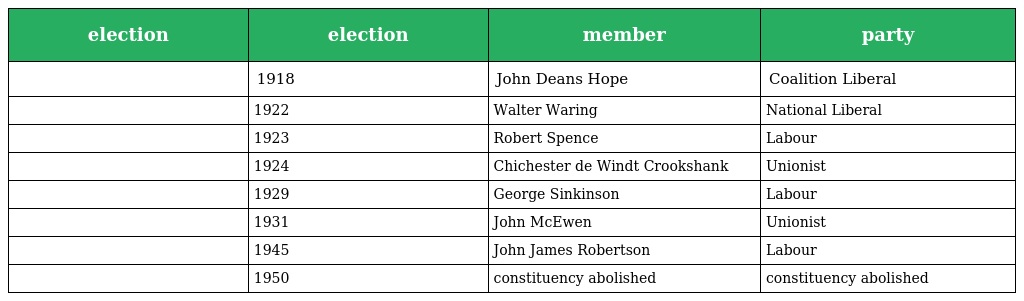
| election | election | member | party |
 | --- | --- | --- | --- |
 |  | 1918 | John Deans Hope | Coalition Liberal |
 |  | 1922 | Walter Waring | National Liberal |
 |  | 1923 | Robert Spence | Labour |
 |  | 1924 | Chichester de Windt Crookshank | Unionist |
 |  | 1929 | George Sinkinson | Labour |
 |  | 1931 | John McEwen | Unionist |
 |  | 1945 | John James Robertson | Labour |
 |  | 1950 | constituency abolished | constituency abolished |